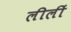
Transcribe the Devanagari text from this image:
लीलीं